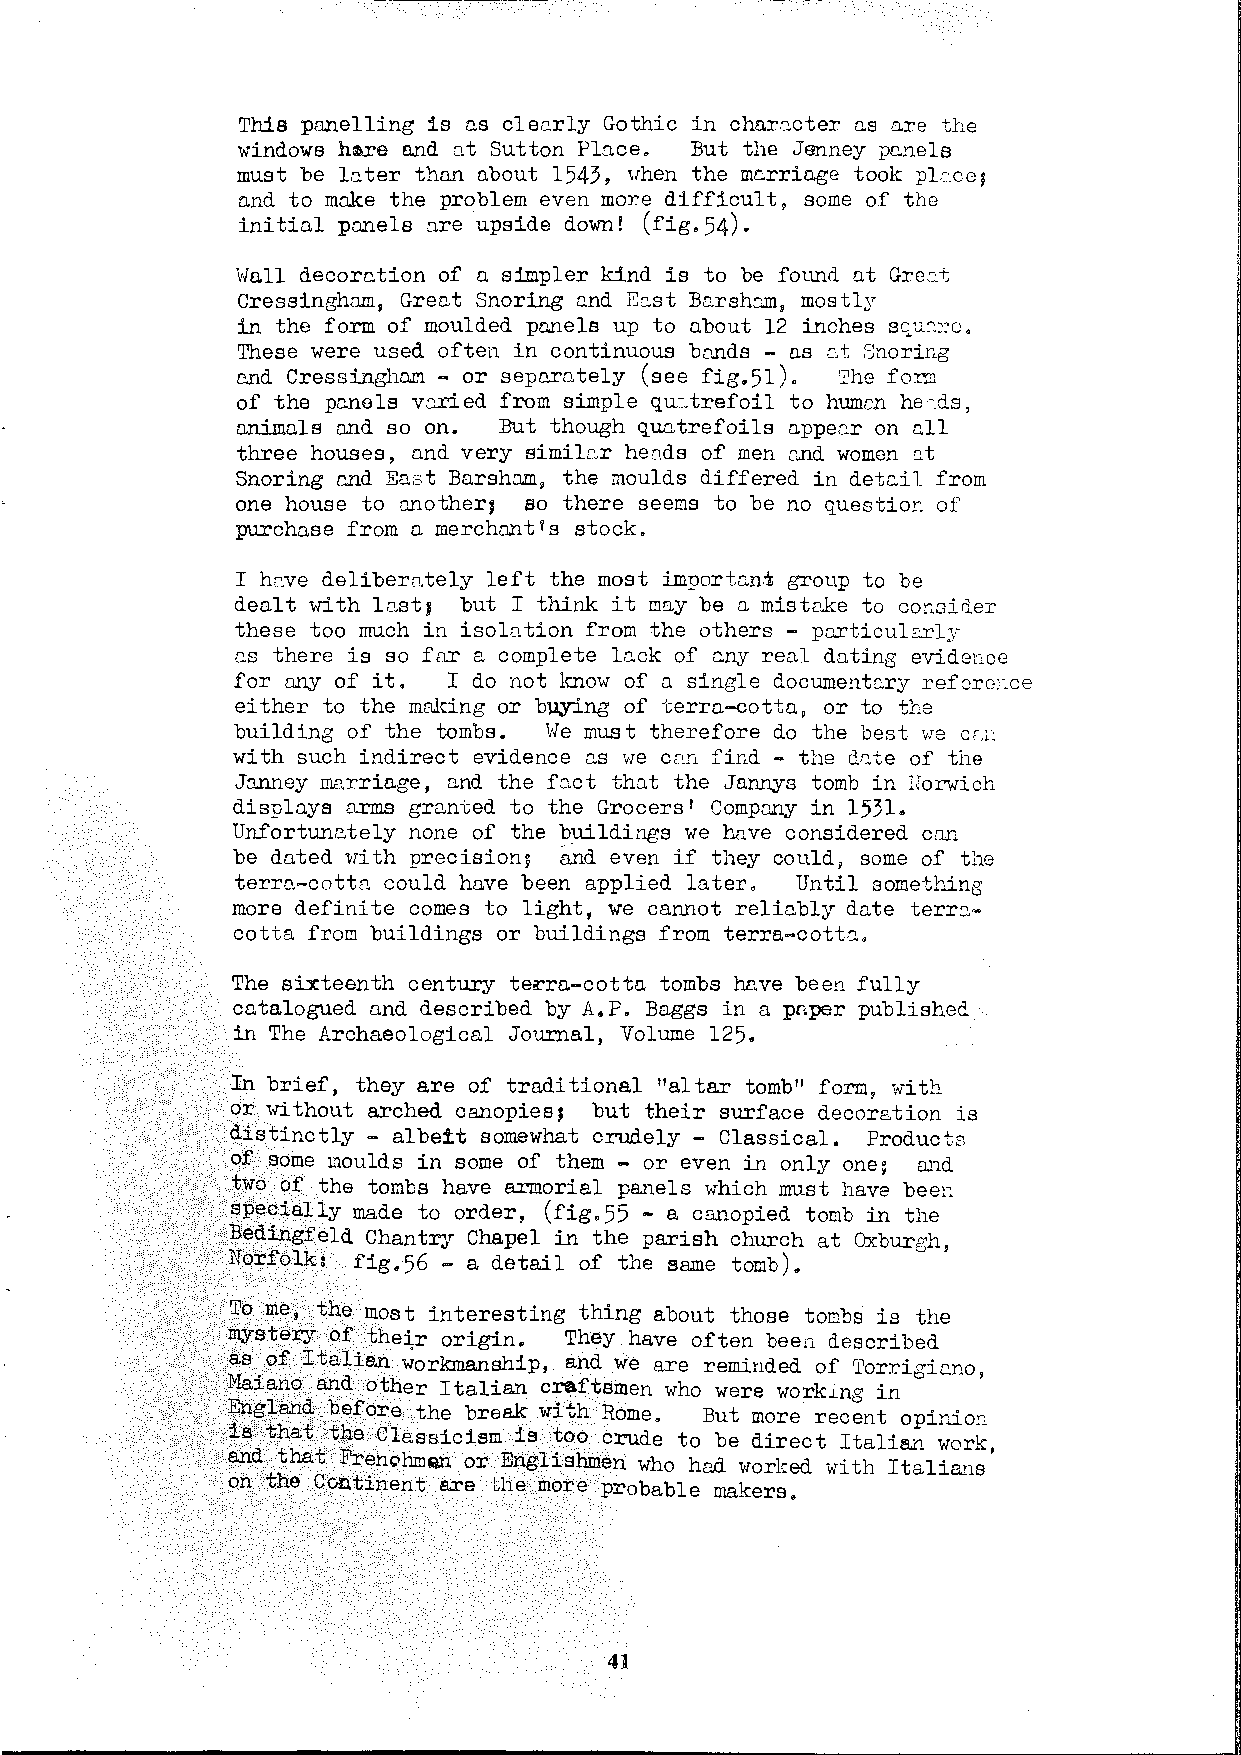
This pn.nelling is ns clec.rly Gothic in char'.'.cter ns o.re the
 windows he.re ruid o.t Sutton Plo.ce. But the Jenney pc.nels
 must be lo. ter than n.bout 1543, ,1hen the mc.rrio.ge took pl.~,ce;
 n.nd to moke the problem even more difficult, some of the
 initial panels o.re upside down! (fig.54).
 Wall decorc.tion of n simpler kind is to be found nt Gre:c.t
 Cressinghn.m, Grent Snoring nnd Ec.st Bnrshcm, mostly
 in the form of moulded prui.els up to about 12 inches s~u~~u.
 These were used often in continuous bonds - ns c.t Snoring
 mid Cressingho.m - or separately (see fig.51). 'J:lhef ore
 of the po.riols v.'.lried from simple qu:::.trefoil to humcn he',c_s,
 animals ond so on. But though quntrefoils nppec.r on nll
 three houses, and very similc.r he<'Jds of men cmd women '.lt
 Snoring c.nd Ea::?t Barsho.m, the moulds differed in detci1 from
 one house to onotherJ so there seems to be no question of
 purchase from a merchant 1s stock.
 I h2.ve delibero.tely left the most imporfan:t group to be
 deo.l t with L'J.st J but I think it may be o. mistnke to consider
 these too much in isolntion from the others - po.rticul2.rly
 ns there is so far a complete lack of any real dating evidence
 for ony of it. I do not know of o. single documentary reference
 either to the making or beying of terro.-cotta, or to the
 building of the tombs. We mUBt therefore do the best we ccL
 with such indirect evidence ns we cf!.n find - the dc.te of the
 Jrumey marriage, and the fo.ct tho.t the Jannys tomb in lforwich
 displays o.rms granted to the Grocers I Company in 1531.
 Unfortunately none of the buildings we have considered can
 be dated with precision~ and even if they could, some of the
 terro.-cottn could have been applied later. Until something
 more definite comes to light, we cannot reliably date terr~
 cotta from buildings or buildings from terra-cottn.
 The sixteenth century te~ra-cotta tombs hl',ve been fully
 catalogued and described by A.P. Baggs in a pnper published
 in The Archaeological Journal, Volume 125.
 In brief, they are of traditional "altar tomb" form, with
 or without arched canopies; but their surface decoration is
 distinctly - albeit somewhat crudely - Classical. Products
 of some moulds in some of them - or even in only one; and
 two of the tombs have armorial panels which must have beer:
 specially made to order, (fig. 55 - a canopied tomb in the
 Bedingfeld ChantrJ Chapel in the parish church at Oxburgh,
 Norfolk: fig.56 - a detail of the same tomb).
 To me, the most interesting thing about those tombs is the
 mystery of thej,r origin. They have often been described
 as_of Italian workmanship, and we are reminded of Torrigieno,
 ~Iaiano and other Italian cra.ftsmen who were work~ng in
 England before the break with Rome. But more recent opinioB
 is that the Classicism is too crude to be direct Italian work,
 and that Frenohmen or Englishmen who had worked with Italians
 on the Continent are the more probable makers.
 41